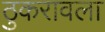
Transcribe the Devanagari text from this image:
ठुकरावला